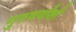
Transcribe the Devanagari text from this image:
गुरुवर्यांशी